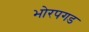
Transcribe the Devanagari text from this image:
भोरपगड